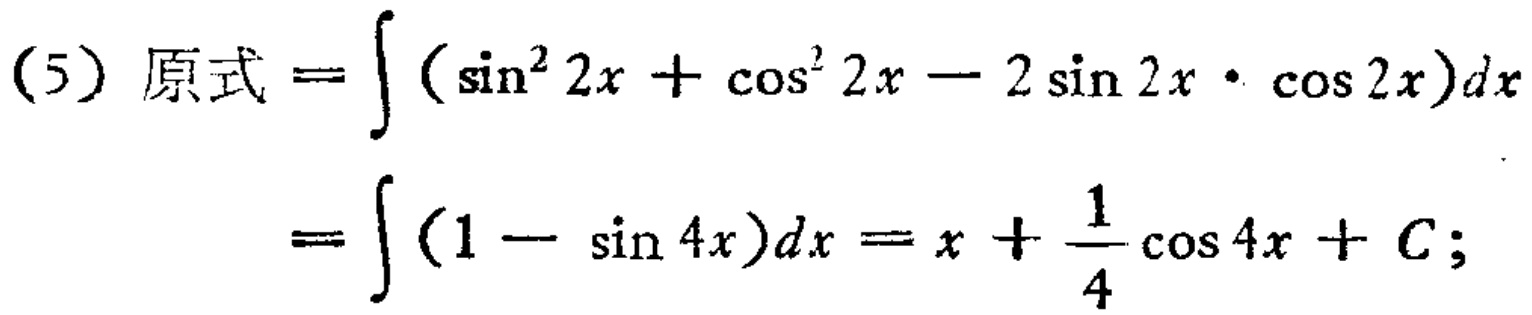
\[
\begin{align*}
(5)\ 原式&=\int(\sin^{2}2x+\cos^{2}2x - 2\sin2x\cdot\cos2x)dx\\
&=\int(1 - \sin4x)dx=x+\frac{1}{4}\cos4x + C;
\end{align*}
\]